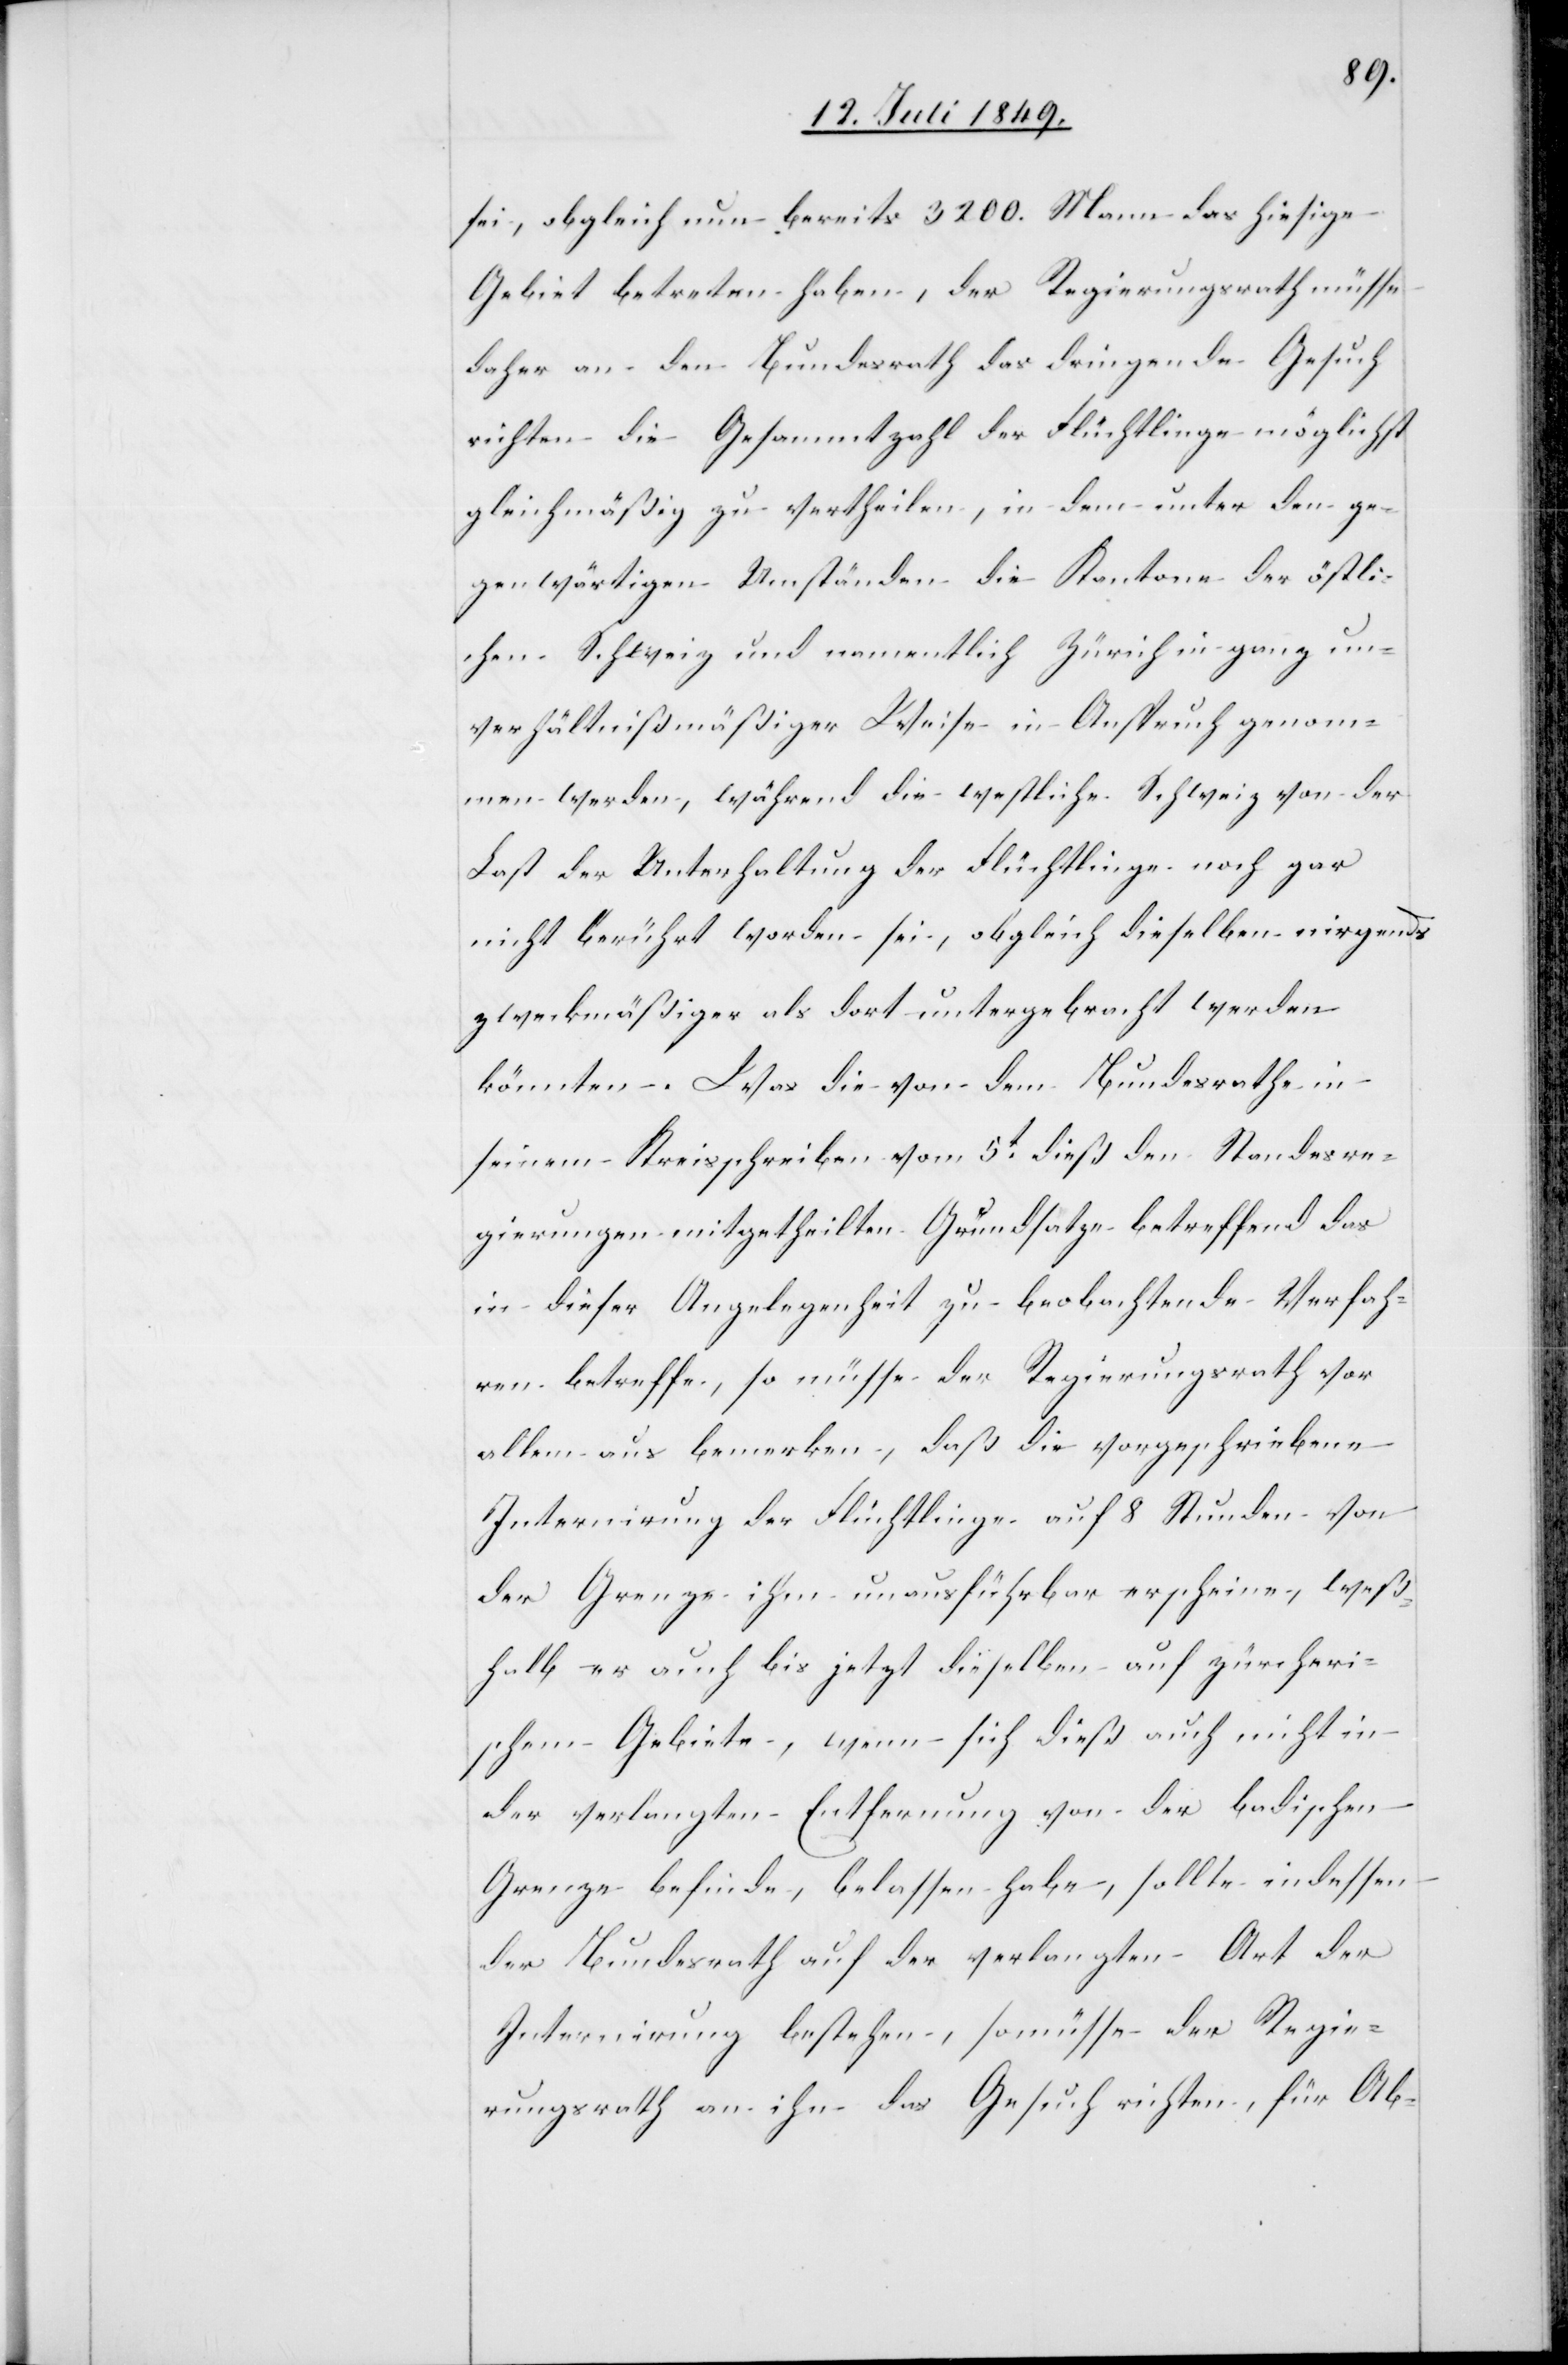
sei, obgleich nun bereits 3200. Mann das hiesige
Gebiet betreten haben, der Regierungsrath müsse
daher an den Bundesrath das dringende Gesuch
richten die Gesammtzahl der Flüchtlinge möglichst
gleichmäßig zu vertheilen, in dem unter den ge¬
genwärtigen Umständen die Kantone der östli¬
chen Schweiz und namentlich Zürich in ganz un¬
verhältnißmäßiger Weise in Anspruch genom¬
men werden, während die westliche Schweiz von der
Last der Unterhaltung der Flüchtlinge noch gar
nicht berührt worden sei, obgleich dieselben nirgends
zweckmäßiger als dort untergebracht werden
könnten. Was die von dem Bundesrathe in
seinem Kreisschreiben vom 5t dieß den Standesre¬
gierungen mitgetheilten Grundsatze betreffend das
in dieser Angelegenheit zu beobachtende Verfah¬
ren betreffe, so müsse der Regierungsrath vor
allem aus bemerken, daß die vorgeschriebene
Internirung der Flüchtlinge auf 8 Stunden von
der Grenze ihm unausführbar erscheine, weß¬
halb er auch bis jetzt dieselben auf zürcheri¬
schem Gebiete, wenn sich dieß auch nicht in
der verlangten Entfernung von der badischen
Grenze befinde, belassen habe, sollte indessen
der Bundesrath auf der verlangten Art der
Internirung bestehen, so müsse der Regie¬
rungsrath an ihn das Gesuch richten, für Ab-